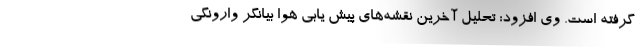
گرفته است. وی افزود: تحلیل آخرین نقشه‌های پیش یابی هوا بیانگر وارونگی